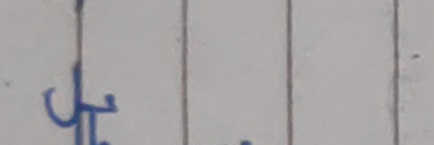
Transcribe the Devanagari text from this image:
छु।